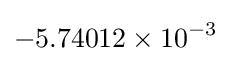
-5.74012\times 10^{-3}